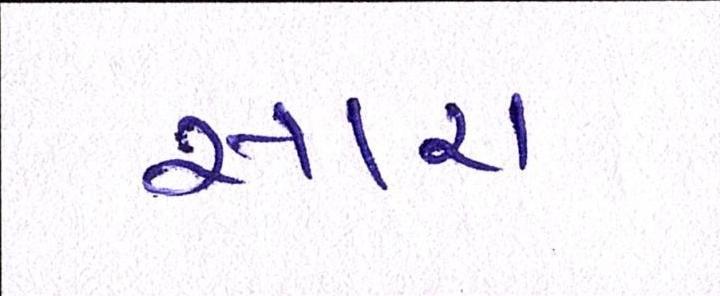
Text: સારાં